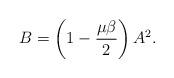
LaTeX: \begin{align*}B = \left( 1 - \frac{\mu \beta}{2} \right) A^2.\end{align*}